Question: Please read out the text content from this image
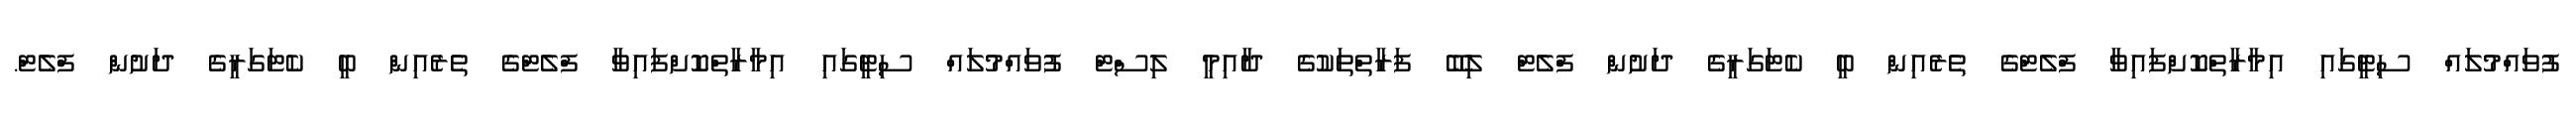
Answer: ފުވައްމުލައް ސިޓީގައި އިމާރާތްކޮށްފައިވާ ފްލެޓްގެ ތެރެއިން ބީ ކެޓަގަރީގެ ދަށުން ފްލެޓް ލިބޭ ފަރާތްތަކުގެ ދާއިމީ ލިސްޓް ފުވައްމުލައް ސިޓީގައި އިމާރާތްކޮށްފައިވާ ފްލެޓްގެ ތެރެއިން ބީ ކެޓަގަރީގެ ދަށުން ފްލެޓް.